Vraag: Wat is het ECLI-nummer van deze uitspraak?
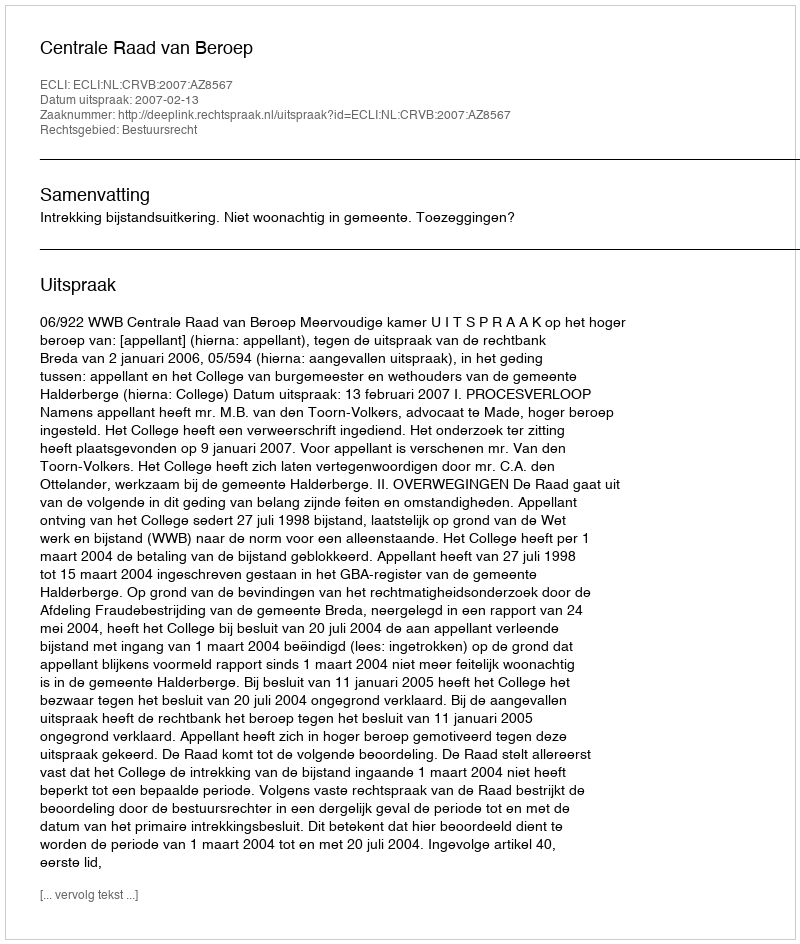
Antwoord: ECLI:NL:CRVB:2007:AZ8567